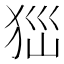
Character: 𤝾